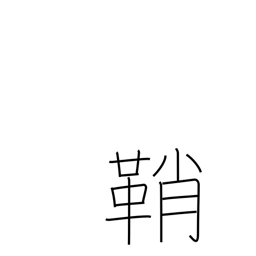
Meaning: case